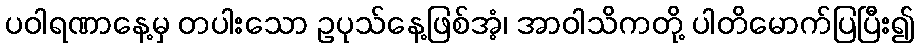
ပဝါရဏာနေ့မှ တပါးသော ဥပုသ်နေ့ဖြစ်အံ့၊ အာဝါသိကတို့ ပါတိမောက်ပြပြီး၍